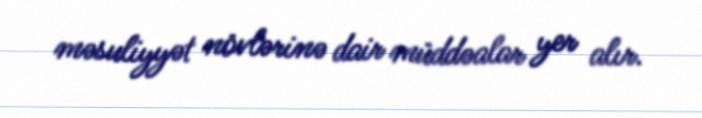
məsuliyyət növlərinə dair müddəalar yer alır.